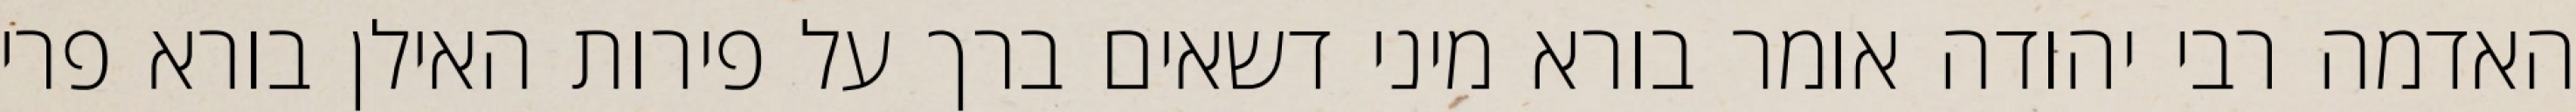
האדמה רבי יהודה אומר בורא מיני דשאים ברך על פירות האילן בורא פרי